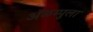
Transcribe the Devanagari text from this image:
ॲळम्पुला